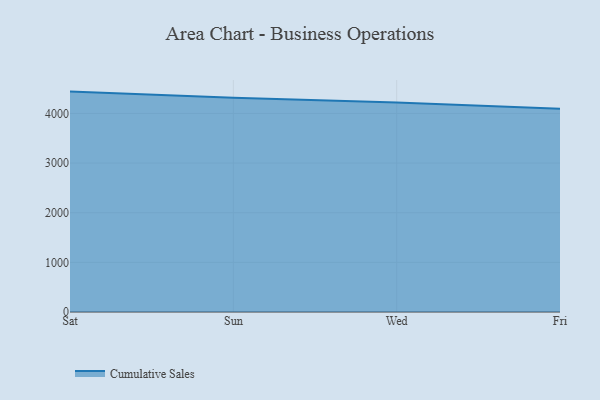
{"axis": {"x": "Day", "y": "Market Share (%)"}, "legend": ["Cumulative Sales"], "data": [{"x": "Sat", "y": 4439.8, "type": "Cumulative Sales"}, {"x": "Sun", "y": 4314.8, "type": "Cumulative Sales"}, {"x": "Wed", "y": 4219.3, "type": "Cumulative Sales"}, {"x": "Fri", "y": 4091.9, "type": "Cumulative Sales"}]}